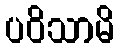
ပဝိသာမိ